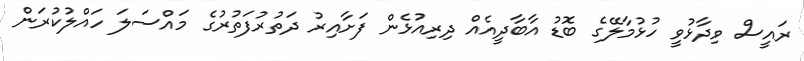
ރައީސް ވިދާޅުވީ ހުޅުމާލޭގެ ބޮޑު އާބާދީއެއް ދިރިއުޅެން ފަށާއިރު ދަތުރުފަތުރުގެ މައްސަލަ ހައްލުކުރަން